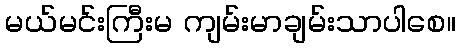
မယ်မင်းကြီးမ ကျမ်းမာချမ်းသာပါစေ။